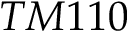
T M 1 1 0